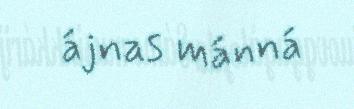
ájnas mánná